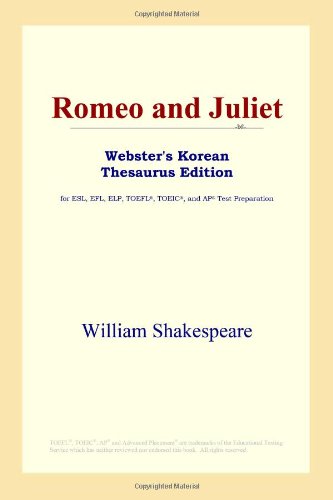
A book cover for Romeo and Juliet (Webster's Korean Thesaurus Edition); William Shakespeare; Comics & Graphic Novels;